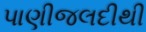
પાણીજલદીથી